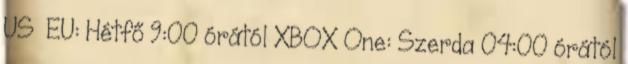
US EU: Hétfő 9:00 órától XBOX One: Szerda 04:00 órától